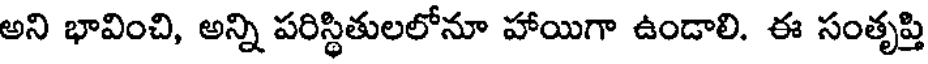
అని భావించి, అన్ని పరిస్థితులలోనూ హాయిగా ఉండాలి. ఈ సంతృప్తి